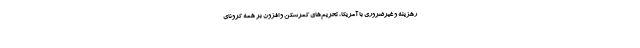
رهزینه و غیرضروری با آمریکا، تحریم‌های کمرشکن و افزون بر همه کرونای